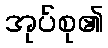
အုပ်စု၏